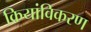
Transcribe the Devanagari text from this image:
क्रियांविकरण